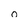
Character: 0